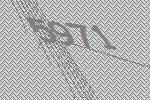
5971